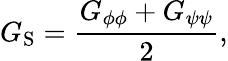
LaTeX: G_{\mathrm{{S}}}=\frac{G_{\phi\phi}+G_{\psi\psi}}{2},